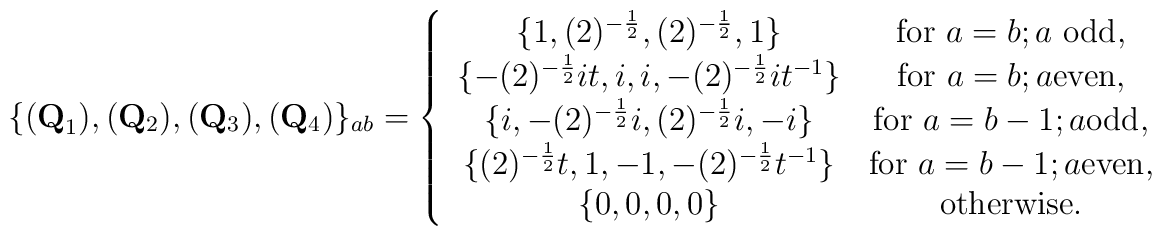
\{({\bf Q}_{1}),({\bf Q}_{2}),({\bf Q}_{3}),({\bf Q}_{4})\}_{ab}=\left\{\begin{array}{cc}\{1,(2)^{-\frac{1}{2}},(2)^{-\frac{1}{2}},1\}&\mbox{for }a=b; a\mbox{ odd,}\\\{-(2)^{-\frac{1}{2}}it,i,i,-(2)^{-\frac{1}{2}}it^{-1}\}&\mbox{for }a=b;a\mbox{even,}\\\{i,-(2)^{-\frac{1}{2}}i,(2)^{-\frac{1}{2}}i,-i\}&\mbox{for }a=b-1; a\mbox{odd,}\\\{(2)^{-\frac{1}{2}}t,1,-1,-(2)^{-\frac{1}{2}}t^{-1}\}&\mbox{for }a=b-1;a\mbox{even,}\\\{0,0,0,0\}&\mbox{otherwise.}\end{array}\right.